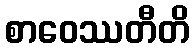
စာဝေဿတီတိ